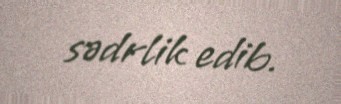
sədrlik edib.